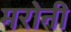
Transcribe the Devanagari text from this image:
मरोनी